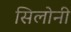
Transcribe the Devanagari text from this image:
सिलोनी